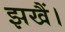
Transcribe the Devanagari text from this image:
झखैं।